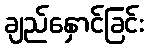
ချည်နှောင်ခြင်း